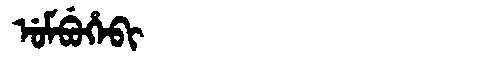
Manchu: ᡠᠮᠪᡠᡥᡝᠪᡳ
Romanization: UMBUHEBI